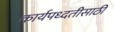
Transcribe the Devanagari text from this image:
कार्यपध्दतीसाठी